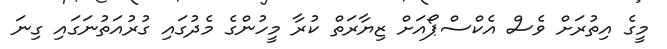
މީގެ އިތުރަށް ވެސް އެކްސްޕޯއަށް ޒިޔާރަތް ކުރާ މީހުންގެ މެދުގައި ގުރުއަތުނަގައި ގިނަ